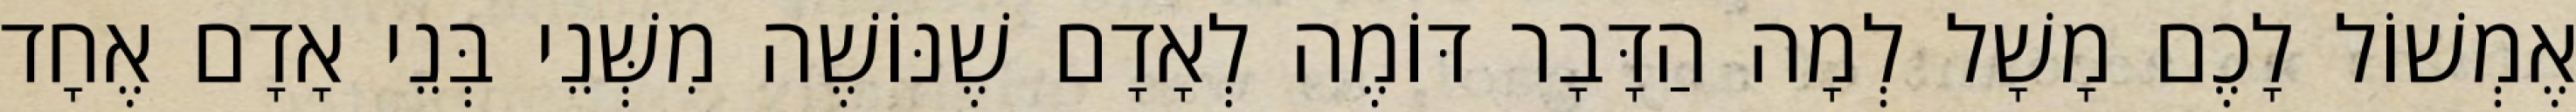
אֶמְשׁוֹל לָכֶם מָשָׁל לְמָה הַדָּבָר דּוֹמֶה לְאָדָם שֶׁנּוֹשֶׁה מִשְּׁנֵי בְּנֵי אָדָם אֶחָד